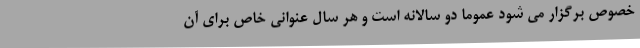
خصوص برگزار می شود عموما دو سالانه است و هر سال عنوانی خاص برای آن